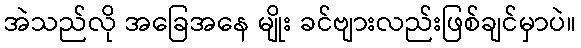
အဲသည်လို အခြေအနေ မျိုး ခင်ဗျားလည်းဖြစ်ချင်မှာပဲ။